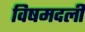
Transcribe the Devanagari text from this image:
विषमदली